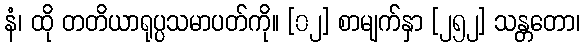
နံ၊ ထို တတိယာရုပ္ပသမာပတ်ကို။ [၀၂] စာမျက်နှာ [၂၅၂] သန္တတော၊